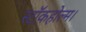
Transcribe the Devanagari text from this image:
स्टॉकहोल्म।